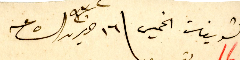
الشويفات الخميس \ ١٦ حزيران سنة ٩٣٢ الساعه ٥